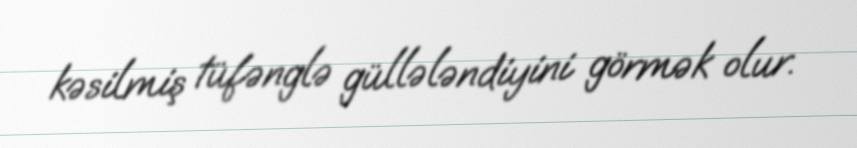
kəsilmiş tüfənglə güllələndiyini görmək olur.